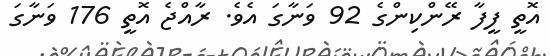
އޮތީ ފީފާ ރޭންކިންގެ 92 ވަނާގަ އެވެ. ރާއްޖެ އޮތީ 176 ވަނާގަ